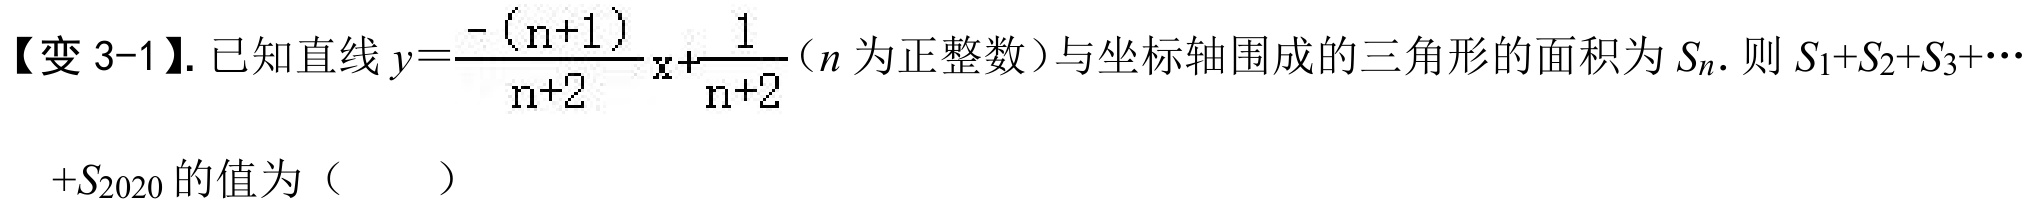
【变 3-1】. 已知直线\(y=\frac{-(n + 1)}{n + 2}x+\frac{1}{n + 2}\)（\(n\)为正整数）与坐标轴围成的三角形的面积为\(S_{n}\). 则\(S_{1}+S_{2}+S_{3}+\cdots\)
\(+S_{2020}\)的值为（  ）